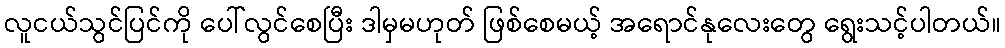
လူငယ်သွင်ပြင်ကို ပေါ်လွင်စေပြီး ဒါမှမဟုတ် ဖြစ်စေမယ့် အရောင်နုလေးတွေ ရွေးသင့်ပါတယ်။